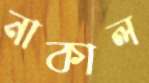
নাকাল